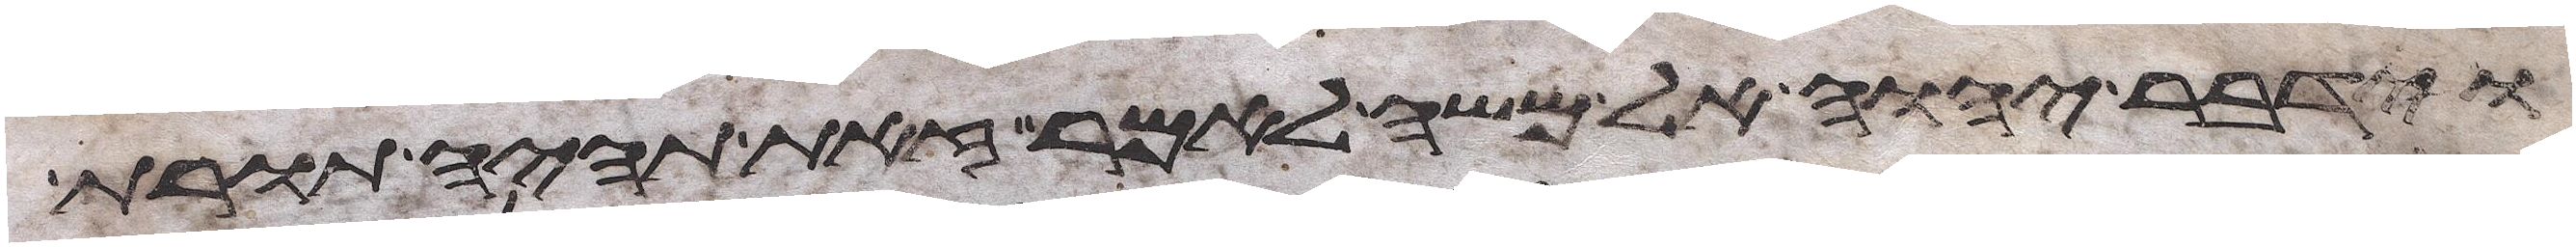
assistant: וידבר יהוה אל משה לאמר זאת תהיה תורת